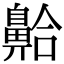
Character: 䶎